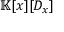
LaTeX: \mathbb { K } [ x ] [ D _ { x } ]